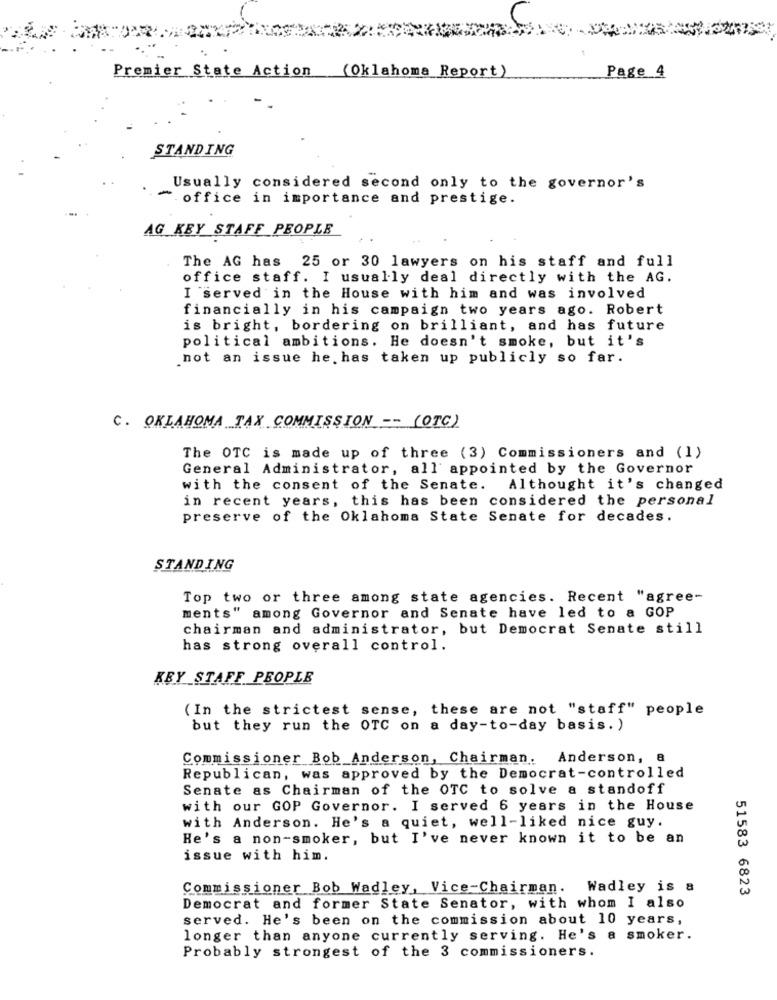
Premier State Action (Oklahoma Report)
Page 4
STANDING
Usually considered second only to the governor's
- office in importance and prestige.
AG_KEY STAFF PEOPLE
The AG has 25 or 30 lawyers on his staff and full
office staff. I usually deal directly with the AG.
I served in the House with him and was involved
financially in his campaign two years ago. Robert
is bright, bordering on brilliant, and has future
political ambitions. He doesn't smoke, but it's
not an issue he. has taken up publicly so far.
C. OKLAHOMA TAX COMMISSION -- (OTC)
The OTC is made up of three (3) Commissioners and (1)
General Administrator, all appointed by the Governor
with the consent of the Senate. Althought it's changed
in recent years, this has been considered the personal
preserve of the Oklahoma State Senate for decades.
STANDING
Top two or three among state agencies. Recent "agree-
ments"
among Governor and Senate have led to a GOP
chairman and administrator, but Democrat Senate still
has strong overall control.
KEY STAFF PEOPLE
(In the strictest sense, these are not "staff" people
but they run the OTC on a day-to-day basis. )
Commissioner Bob Anderson, Chairman. Anderson, 8
Republican, was approved by the Democrat-controlled
Senate as Chairman of the OTC to solve a standoff
with our GOP Governor. I served 6 years in the House
with Anderson. He's a quiet, well-liked nice guy.
He's a non-smoker, but I've never known it to be an
issue with him.
Commissioner Bob Wadley, Vice-Chairman.
Wadley is a
51583 6823
Democrat and former State Senator, with whom I also
served. He's been on the commission about 10 years,
longer than anyone currently serving. He's a smoker.
Probably strongest of the 3 commissioners.